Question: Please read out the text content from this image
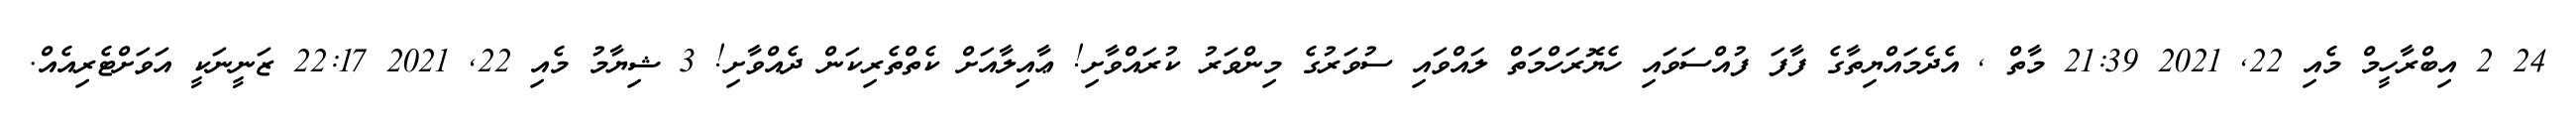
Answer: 24 2 އިބްރާހީމް މެއި 22, 2021 21:39 މާތް , އެދެމައްޔިތާގެ ފާފަ ފުއްސަވައި ހެޔޮރަހްމަތް ލައްވައި ސުވަރުގެ މިންވަރު ކުރައްވާށި! ޢާއިލާއަށް ކެތްތެރިކަން ދެއްވާށި! 3 ޝިޔާމު މެއި 22, 2021 22:17 ޒަނީނަކީ އަވަށްޓެރިއެއް.